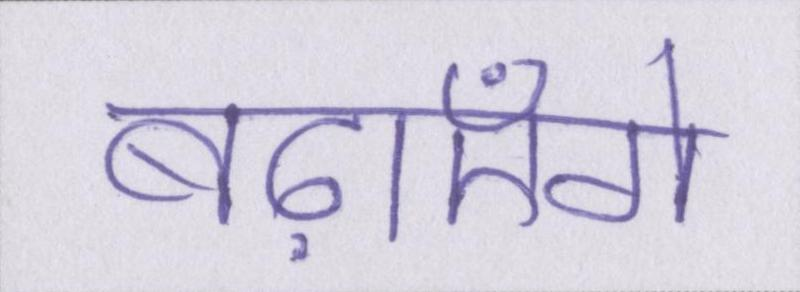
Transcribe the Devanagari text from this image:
बढ़ाएँगे